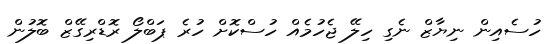
ހުސެއިން ނިޔާޒް ނެގި ހިލޭ ޖެހުމެއް ހުސްކޮށް ހުރެ ޕަބްލޯ ރޮޑްރިގޭޒް ބޮލުން